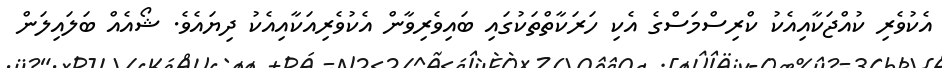
އެކުވެރި ކުއްޖަކާއިއެކު ކްރިސްމަސްގެ އެކި ހަރަކާތްތަކުގައި ބައިވެރިވާން އެކުވެރިއަކާއިއެކު ދިޔައެވެ. ޝޯއެއް ބަލައިލަން